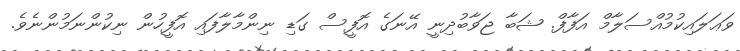
ވަޢަލައިކުމުއްސަލާމް އަފާފް. ޝަބާ ޖަވާބުދިނީ އޭނަގެ އޮފީސް ގަޑި ނިންމާލާފައި އޮފީހުން ނިކުންނަމުންނެވެ.